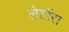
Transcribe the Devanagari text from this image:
लेटोंरा